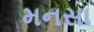
મનસા